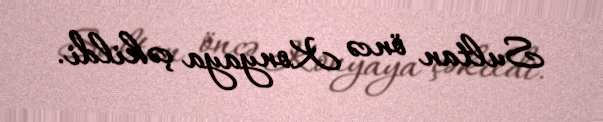
Sultan öncə Konyaya çəkildi.